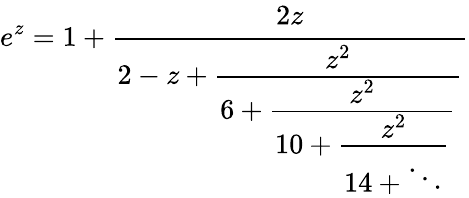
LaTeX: e^{z}=1+{\cfrac{2z}{2-z+{\cfrac{z^{2}}{6+{\cfrac{z^{2}}{10+{\cfrac{z^{2}}{14+\ddots}}}}}}}}